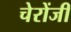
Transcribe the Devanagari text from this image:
चेरोंजी